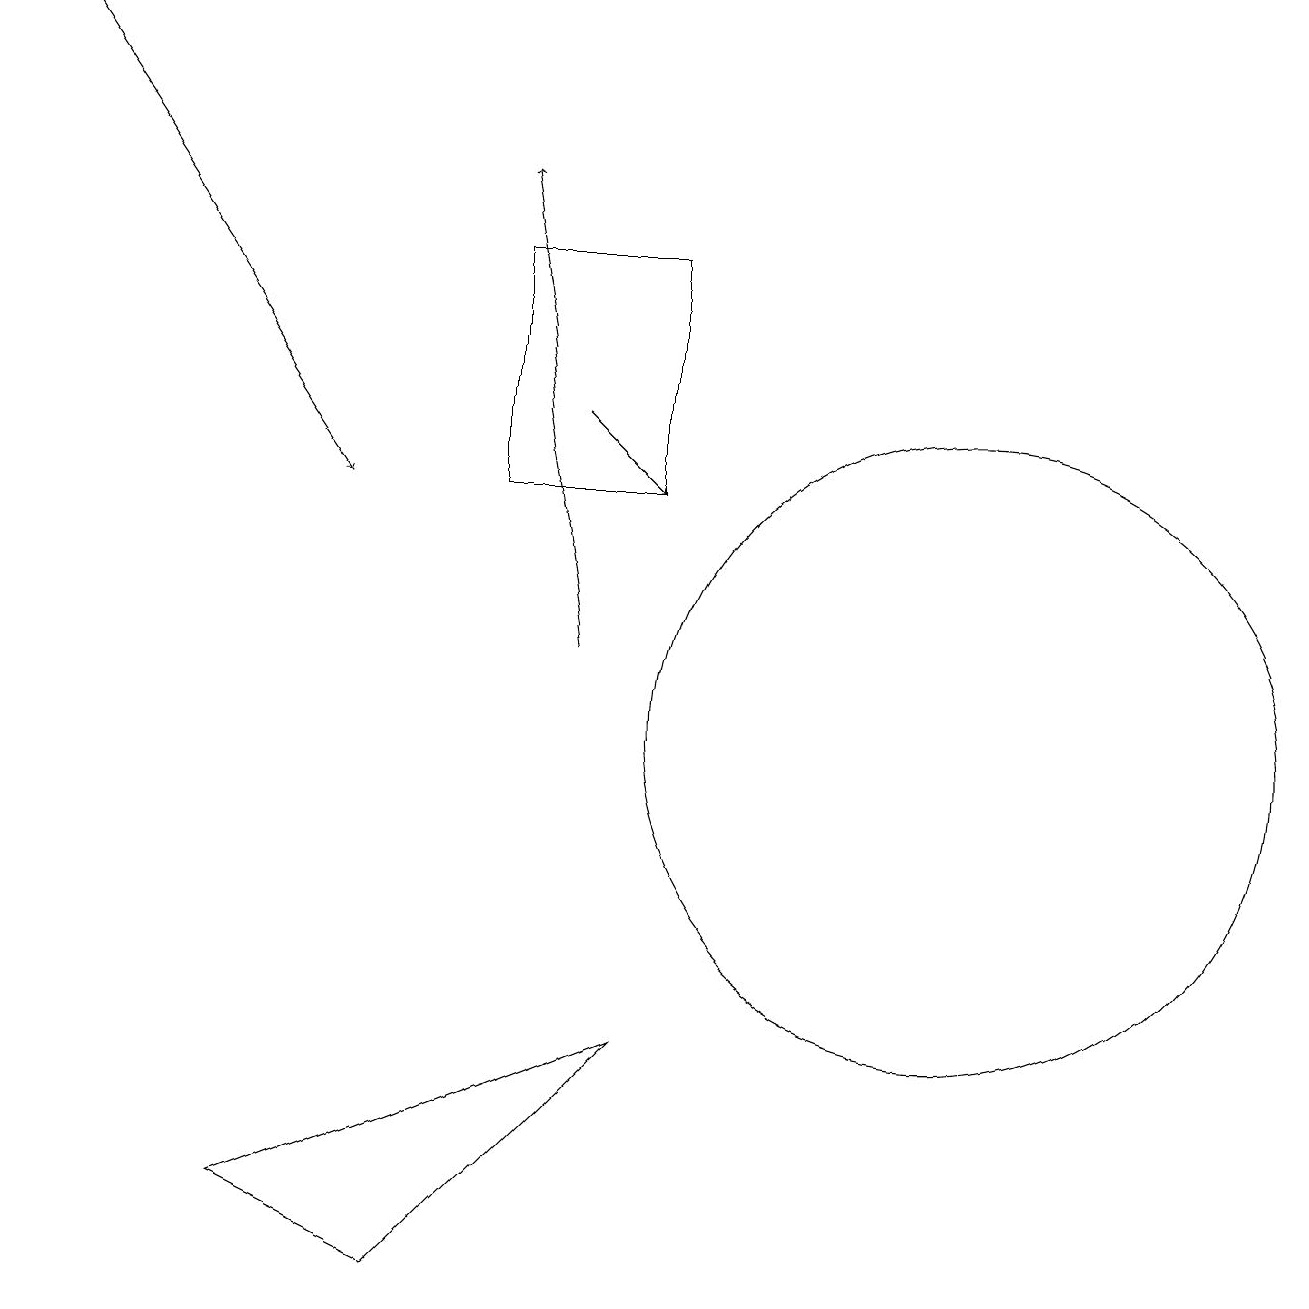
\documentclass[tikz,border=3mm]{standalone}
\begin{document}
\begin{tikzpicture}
\draw (5,3) -- (8,6) -- (3,4) -- cycle;
\draw[->] (0,19) -- (4,13);
\draw (8,16) rectangle (6,13);
\draw (12,10) circle (4);
\draw[->] (7,14) -- (8,13);
\draw[->] (7,11) -- (6,17);
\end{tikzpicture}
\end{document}